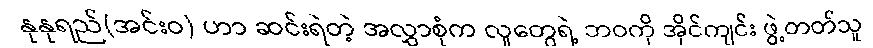
နုနုရည်(အင်းဝ) ဟာ ဆင်းရဲတဲ့ အလွှာစုံက လူတွေရဲ့ ဘဝကို အိုင်ကျင်း ဖွဲ့တတ်သူ